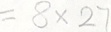
= 8 \times 2 7